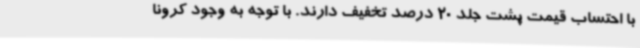
با احتساب قیمت پشت جلد 20 درصد تخفیف دارند. با توجه به وجود کرونا